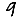
Digit: 9